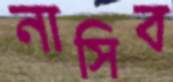
নাসিব